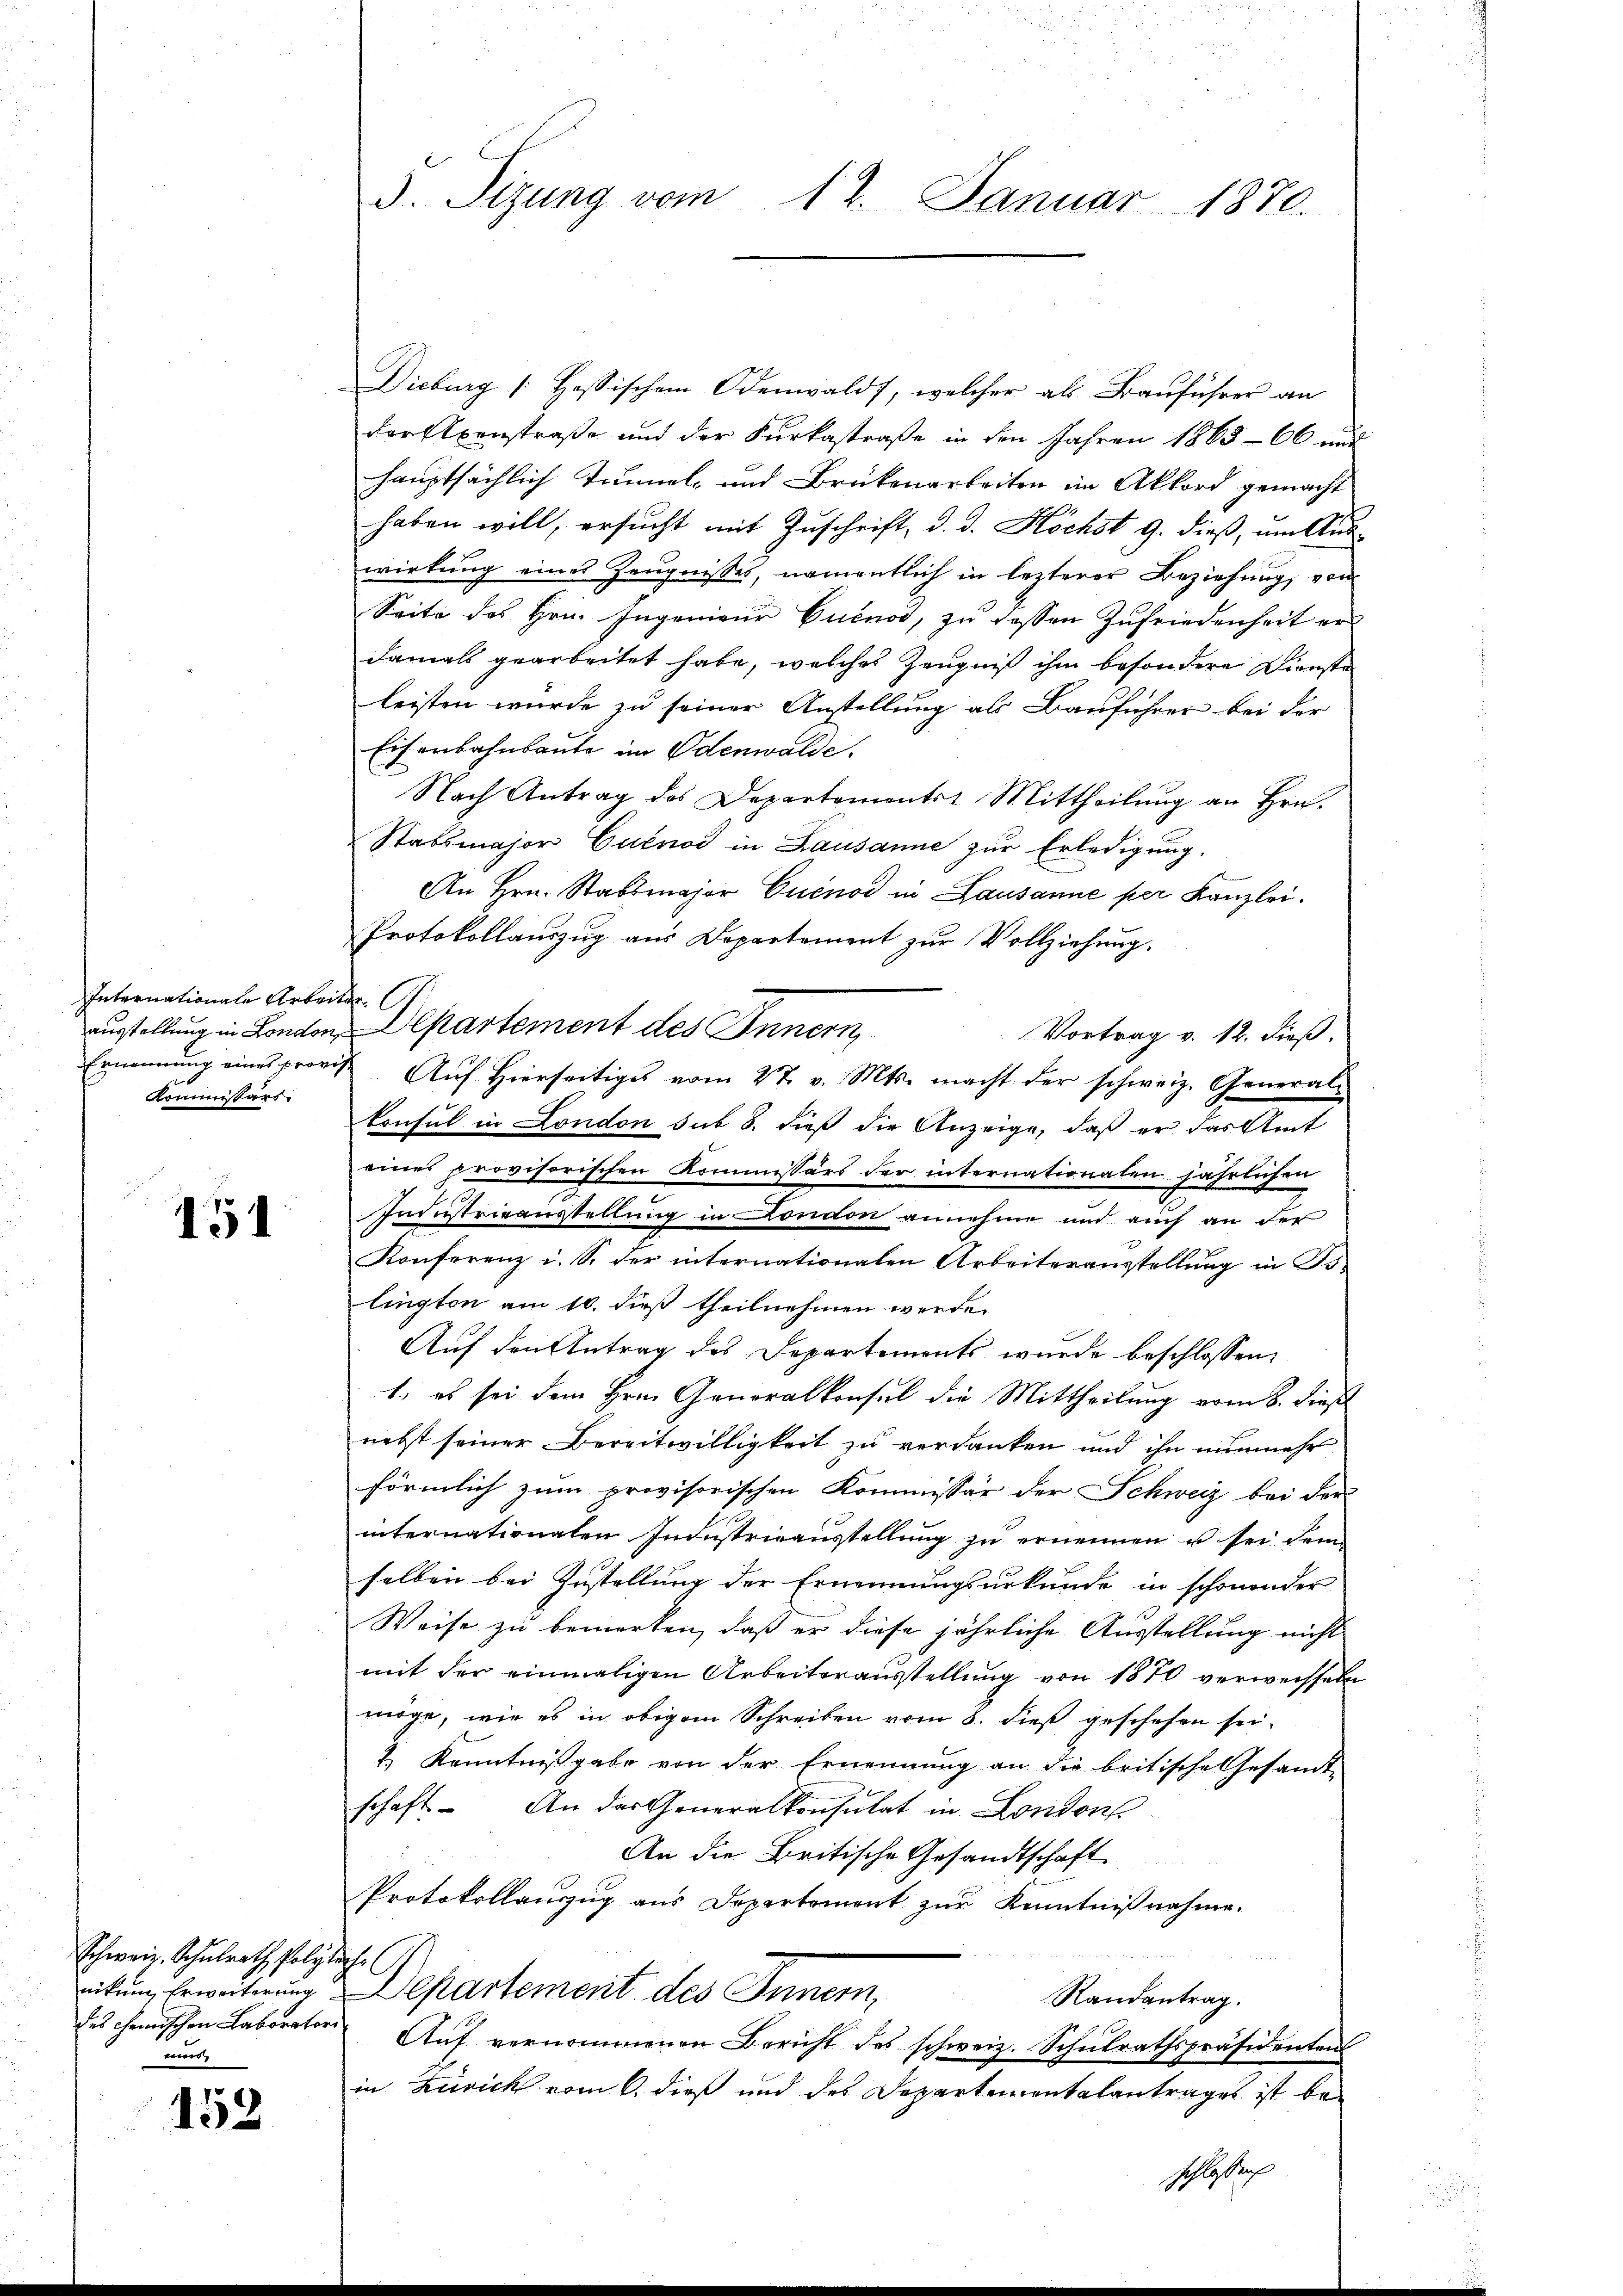
Internationale Arbeits
Kommissärs.

151

Schweiz. Schulrath Polyteche C
des chemischen Laboratori
e

152

Dieburg [Hessischem Odenwald, welcher als Bauführer an
der Axenstraße und der Kurkastraße in den Jahren 1865 - 66 mit
hauptsächlich Tunnel- und Brükenarbeiten im Akkord gemacht
haben will, ersucht mit Zuschrift, d. d. Höchst G. dieß, um Aus-
wirkung eines Zeugnisses, namentlich in lezterer Beziehung, von
Seite des Hrn. Ingenieŭr Quenot, zŭ dessen Zufriedenheit erdamals gearbeitet habe, welches Zeugniß ihm besondere Dienste
leisten wurde zu seiner Anstellung als Bauführer bei der
Eisenbahnbaute im Odenwalde.
Nach Antrag des Departemonts Mittheilŭng an Hrn.
Stabsmajor Curnod in Lausanne zur Erledigung.
An Hrn. Stabsmajor Cuenod in Lausanne per Kanzlei.
Protokollauszug aus Departement zur Vollziehung.
ausstellung in London Departement des Innern
Vortrag v. 12. dieß.
Ernennung eines provis. Aŭf Hierseitiges vom 27. v. Mts. macht der schweiz. General-
konsul in London sub 8. dieß die Anzeige, daß er das Amt
einer provisorischen Kommissärs der internationalen jährlichen
Industrieausstellung in London annehme und auch an der
Konferenz i. S. der internationalen Arbeiterausstellung in Tilingten am 10. dieß theilnehmen werde.
Auf den Antrag des Departements wurde beschlossen:
1., es sei dem Hrn. Generalkonsul die Mittheilŭng vom 8. dieß
nebst seiner Bereitwilligkeit zu verdanken und ihn nunmehr
förmlich zum provisorischen Kommissär der Schweiz bei der
internationalen Industrieausstellung zu ernennen u sei dem
selben bei Zustellung der Ernennungsurkunde in schonender
Weise zu bemerken, daß er diese jährliche Ausstellung nicht
mit der einmaligen Arbeiterausstellung von 1870 verwechseln
möge, wie es in obigem Schreiben vom 8. dieß geschehen sei.
& Kenntnißgabe von der Ernennung an die britische Gesamt-
schaft. An das Generalkonsulat in London
An die Britische Gesandtschaft
Protokollanzug aus Departement zur Kenntnißnahme.
nikum Erweiterung Departement des Innern,
Randantrag.
Aŭf vernommenen Bericht des schweiz. Schŭlrathspräsidentent
in Zürich vom 6. dieß und des Departementalantrages ist be¬
Kessen

d. Sizung vom 12. Januar 1870.

S.